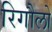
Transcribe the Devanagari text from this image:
रिगौलो